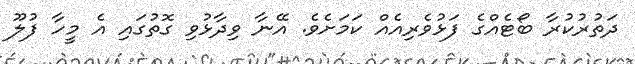
ދަތުރުކުރާ ބޯޓެއްގެ ފަޅުވެރިއެއް ކަމަށެވެ. އޭނާ ވިދާޅުވި ގޮތުގައި އެ މީހާ ފުލޫ